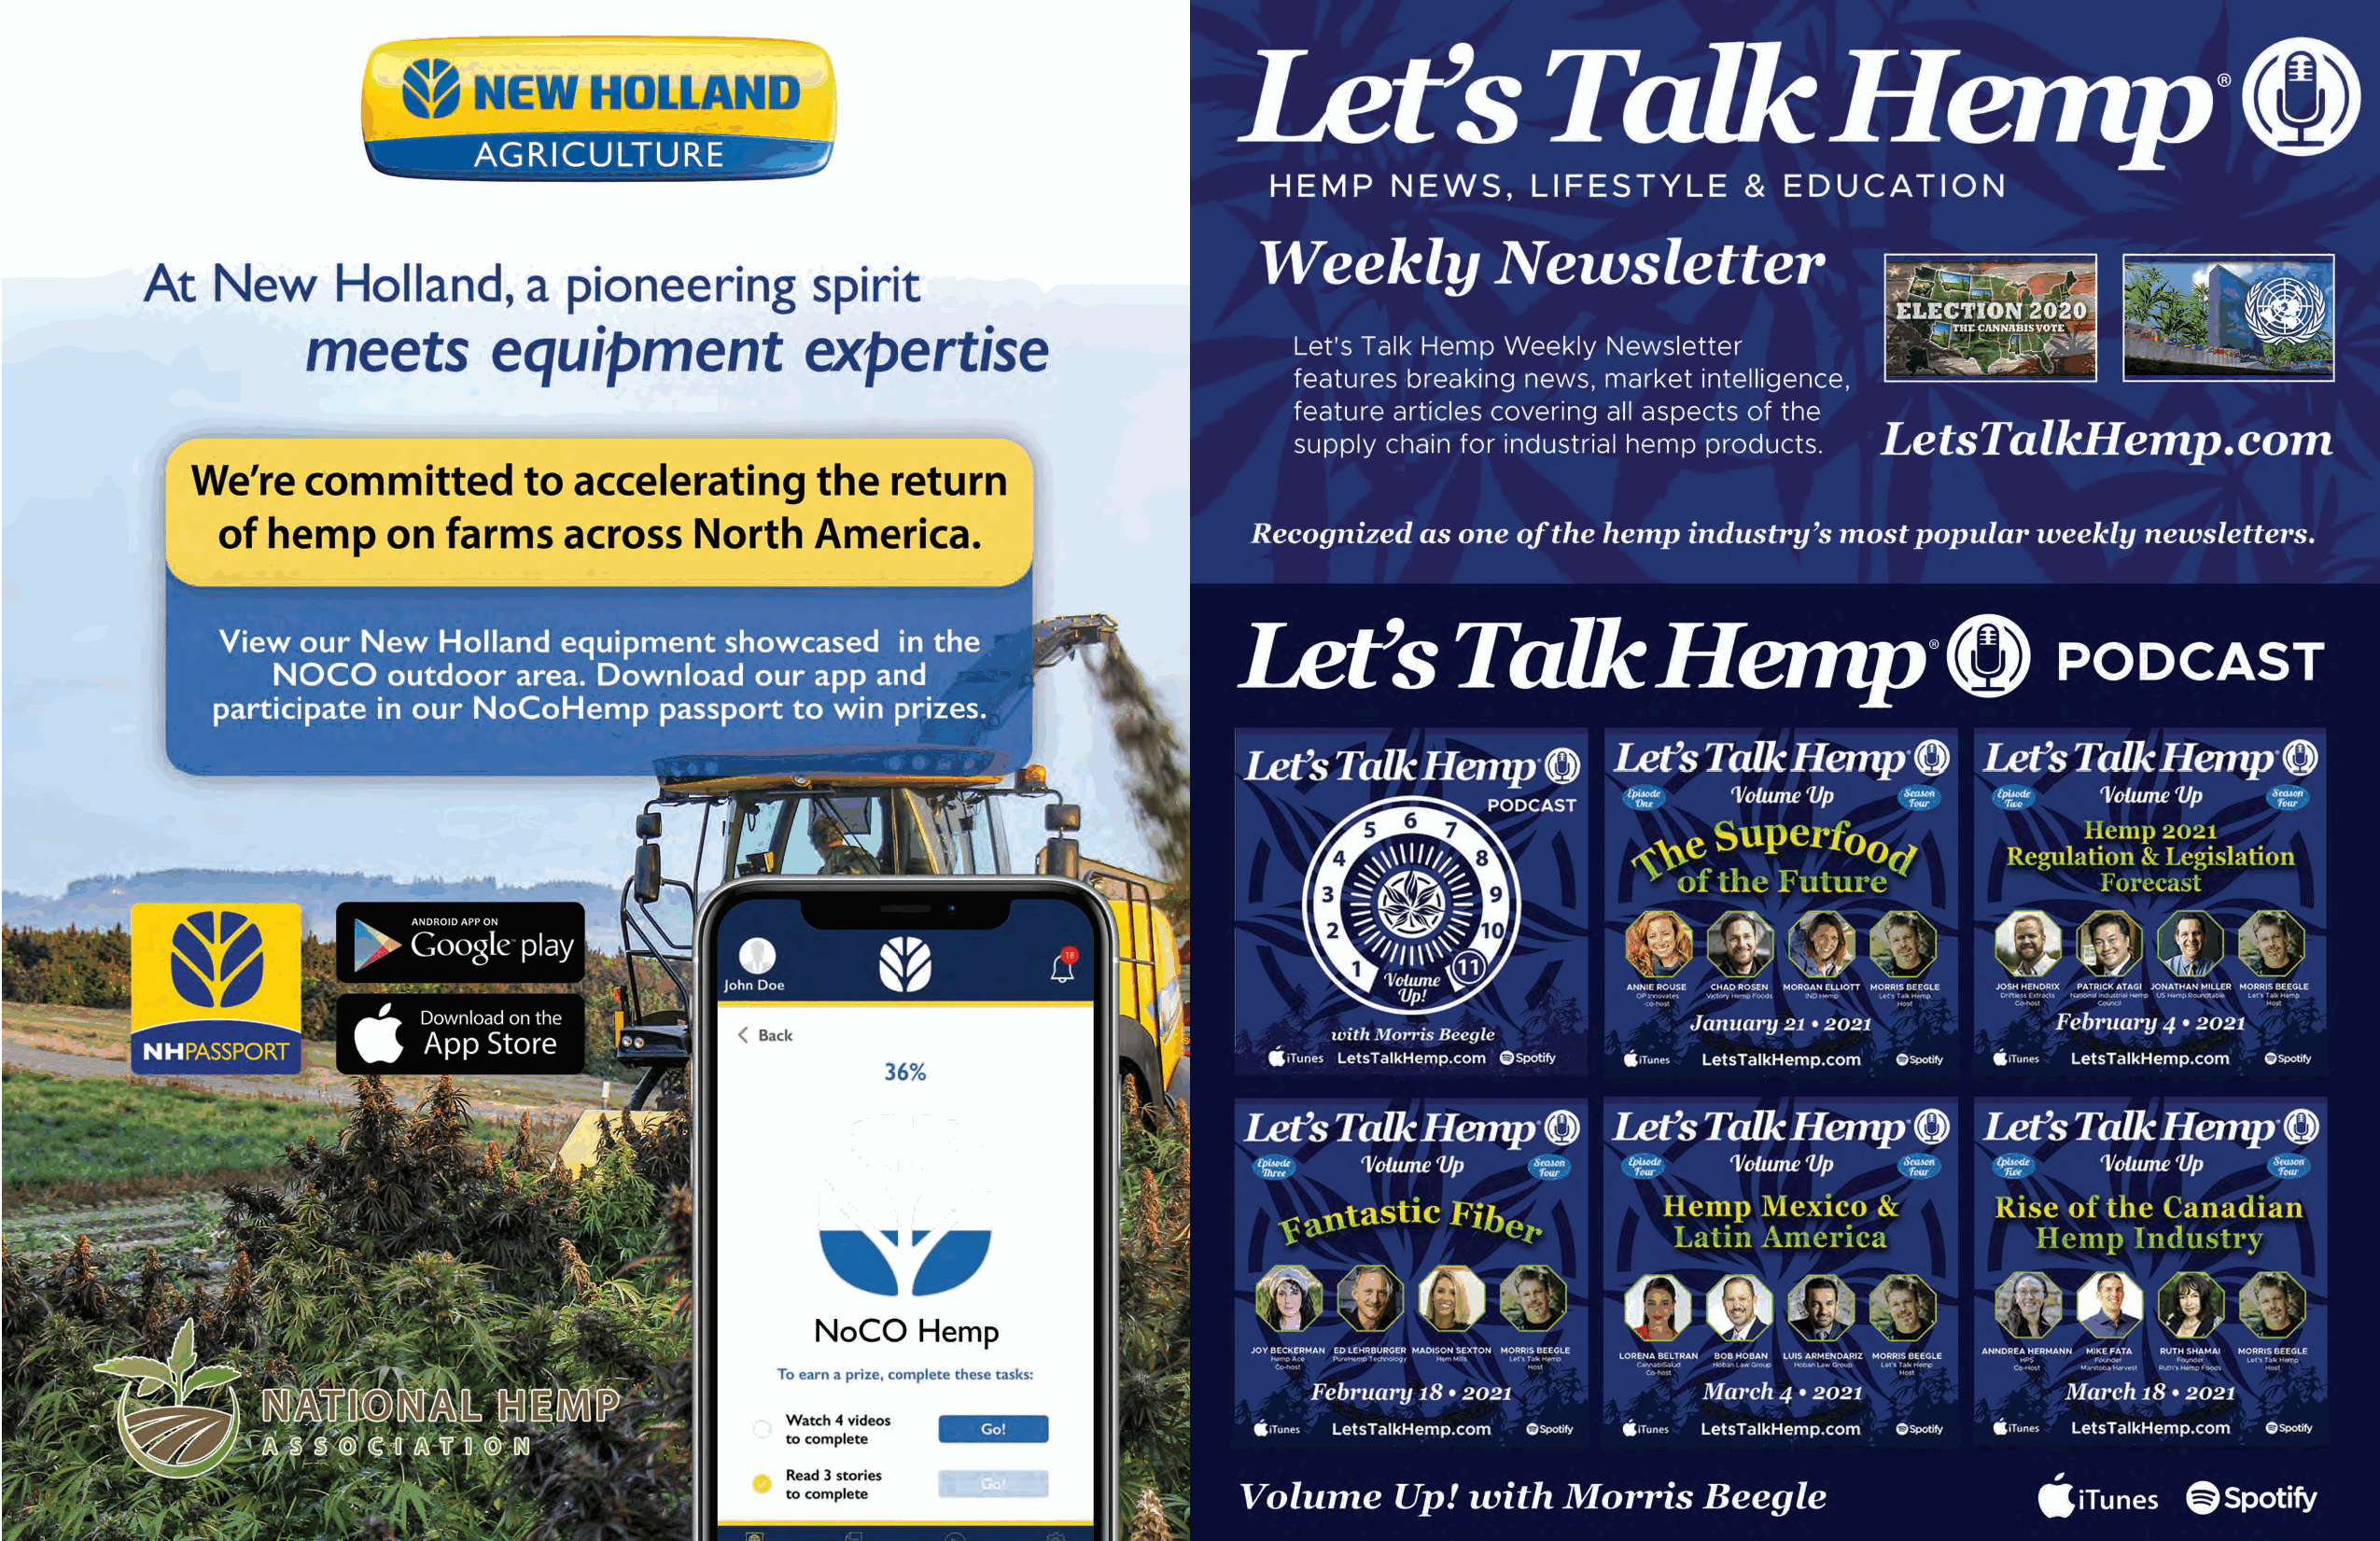
26                                                                                  27